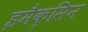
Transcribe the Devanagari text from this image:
इमैक्सिन